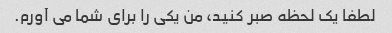
لطفا یک لحظه صبر کنید، من یکی را برای شما می آورم.